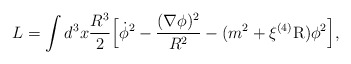
\begin{align*}L = \int d^3x \frac{R^3}{2} \Bigl[\dot{\phi}^2- \frac{(\nabla \phi)^2}{R^2}- (m^2 + \xi {}^{(4)}{\rm R} )\phi^2 \Bigr],\end{align*}